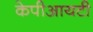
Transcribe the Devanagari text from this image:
केपीआयटी